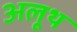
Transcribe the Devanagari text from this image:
अलूथ